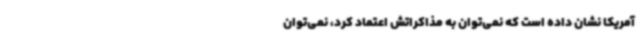
آمریکا نشان داده است که نمی‌توان به مذاکراتش اعتماد کرد، نمی‌توان